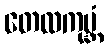
တေလကုမ္ဘံ